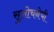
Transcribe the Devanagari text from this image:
सुलोचनेची